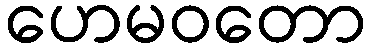
ဟေမဝတော